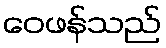
ဝေဖန်သည်